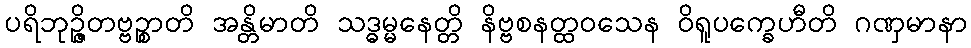
ပရိဘုဉ္ဇိတဗ္ဗဉ္စာတိ အန္တိမာတိ သဒ္ဓမ္မနေတ္တိ နိဗ္ဗစနတ္ထဝသေန ဝိရူပက္ခေဟီတိ ဂဏှမာနာ